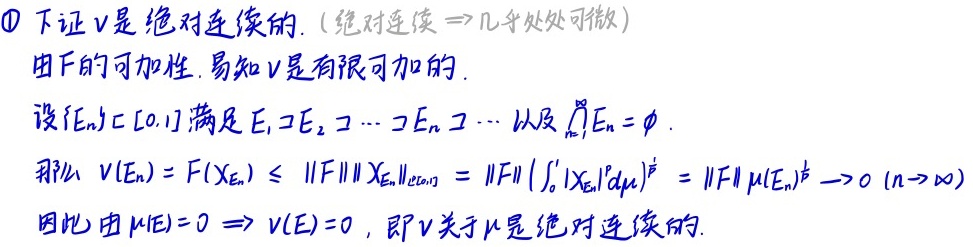
\textcircled{1} 下证 \(v\) 是绝对连续的.（绝对连续 \(\Rightarrow\) 几乎处处可微）

由 \(F\) 的可加性. 易知 \(v\) 是有限可加的.

设 \(\{E_n\} \subset [0,1]\) 满足 \(E_1 \supset E_2 \supset \cdots \supset E_n \supset \cdots\) 以及 \(\bigcap_{n = 1}^{\infty}E_n=\varnothing\).

那么 \(v(E_n)=F(\chi_{E_n})\leq \|F\|\|\chi_{E_n}\|_{L^2[0,1]}=\|F\| \left(\int_{0}^{1}|\chi_{E_n}|^2d\mu\right)^{\frac{1}{2}}=\|F\|\mu(E_n)^{\frac{1}{2}}\to 0\ (n\to\infty)\)

因此由 \(\mu(E) = 0\Rightarrow v(E)=0\), 即 \(v\) 关于 \(\mu\) 是绝对连续的.